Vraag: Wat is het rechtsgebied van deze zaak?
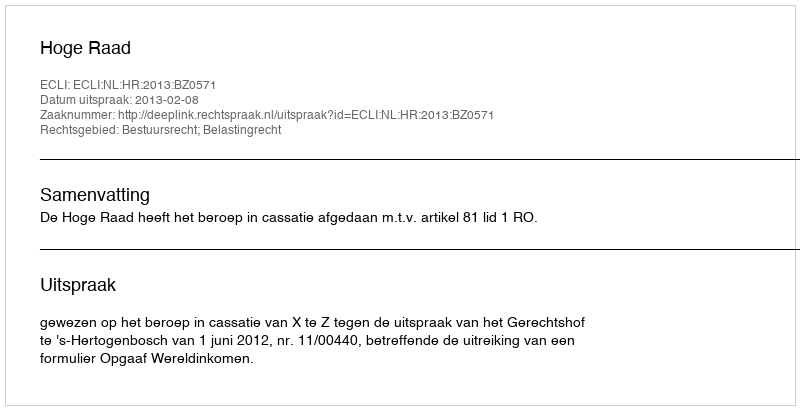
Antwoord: Bestuursrecht; Belastingrecht